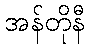
အန်တိုနီ